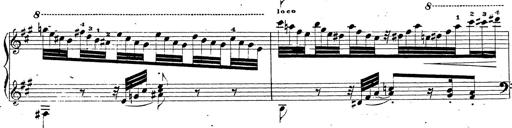
Title: Chanson bohÃ©mienne
Composer: Franz Liszt